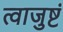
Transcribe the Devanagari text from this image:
त्वाजुष्टं